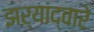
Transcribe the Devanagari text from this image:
झऱ्यांद्वारे